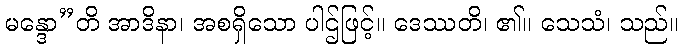
မန္ဒော”တိ အာဒိနာ၊ အစရှိသော ပါဌ်ဖြင့်။ ဒေဿတိ၊ ၏။ သေသံ၊ သည်။